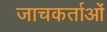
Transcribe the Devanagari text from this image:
जाचकर्ताओं